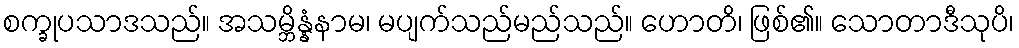
စက္ခုပသာဒသည်။ အသမ္ဘိန္နံနာမ၊ မပျက်သည်မည်သည်။ ဟောတိ၊ ဖြစ်၏။ သောတာဒီသုပိ၊